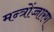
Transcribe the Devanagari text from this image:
मन्त्रोंच्चारण